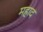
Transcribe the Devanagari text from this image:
महाद